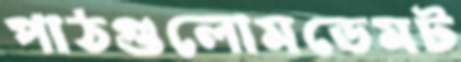
পাঠগুলোমডেমট